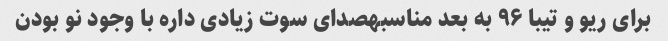
برای ریو و تیبا ۹۶ به بعد مناسبهصدای سوت زیادی داره با وجود نو بودن